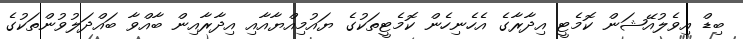
ބިޑް އިވެލުއޭޝަން ކޮމެޓީ އިދާރާގެ އެހެނިހެން ކޮމެޓީތަކުގެ ޔައުމިއްޔާއާއި އިދާރާއިން ބާއްވާ ބައްދަލުވުންތަކުގެ